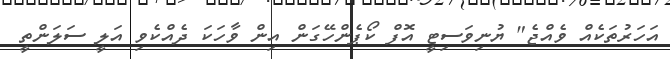
އަހަރުތަކެއް ވެއްޖެ" ޔުނިވަސިޓީ އޮފް ކޯޕެންހޭގަން އިން ވާހަކަ ދެއްކެވި އަލީ ސަލަންތީ